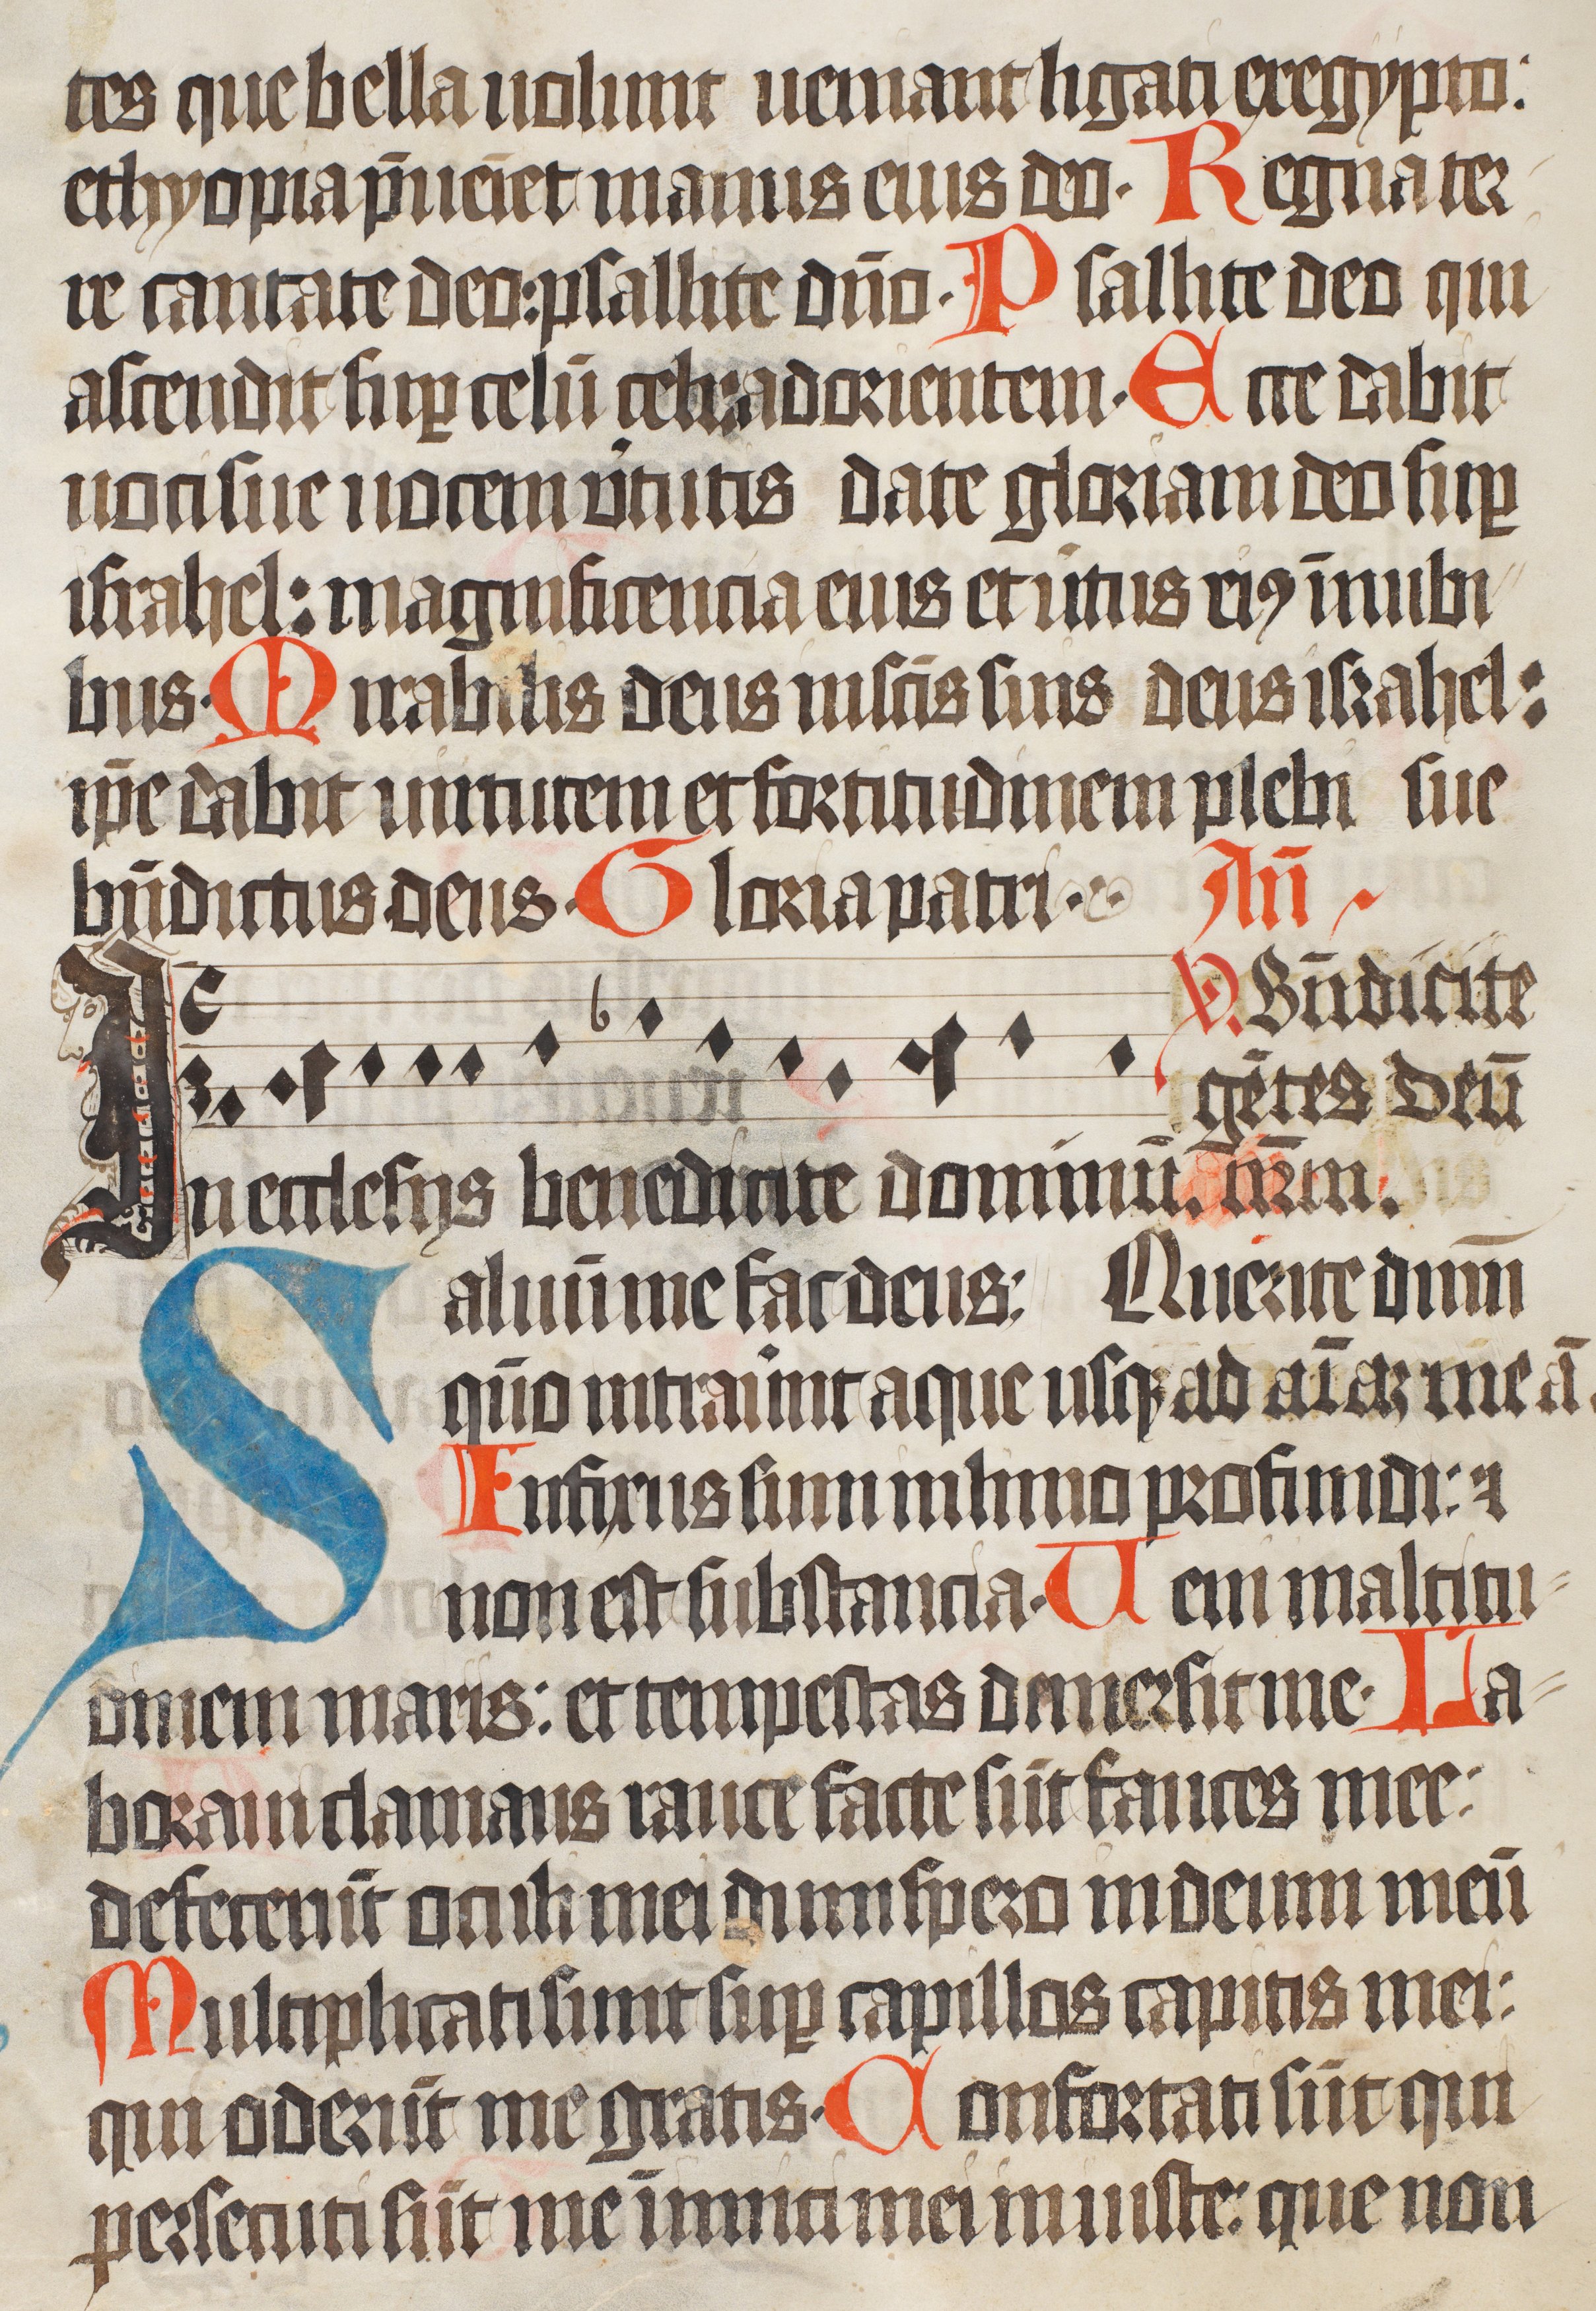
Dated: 1400–1499